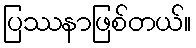
ပြဿနာဖြစ်တယ်။